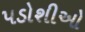
પડોશીઓ